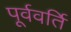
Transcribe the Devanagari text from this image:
पूर्ववर्ति